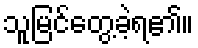
သူမြင်တွေ့ခဲ့ရ၏။